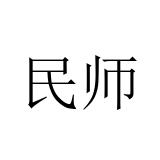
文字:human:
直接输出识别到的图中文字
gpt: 民师